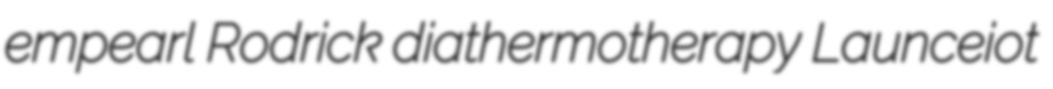
empearl Rodrick diathermotherapy Launceiot